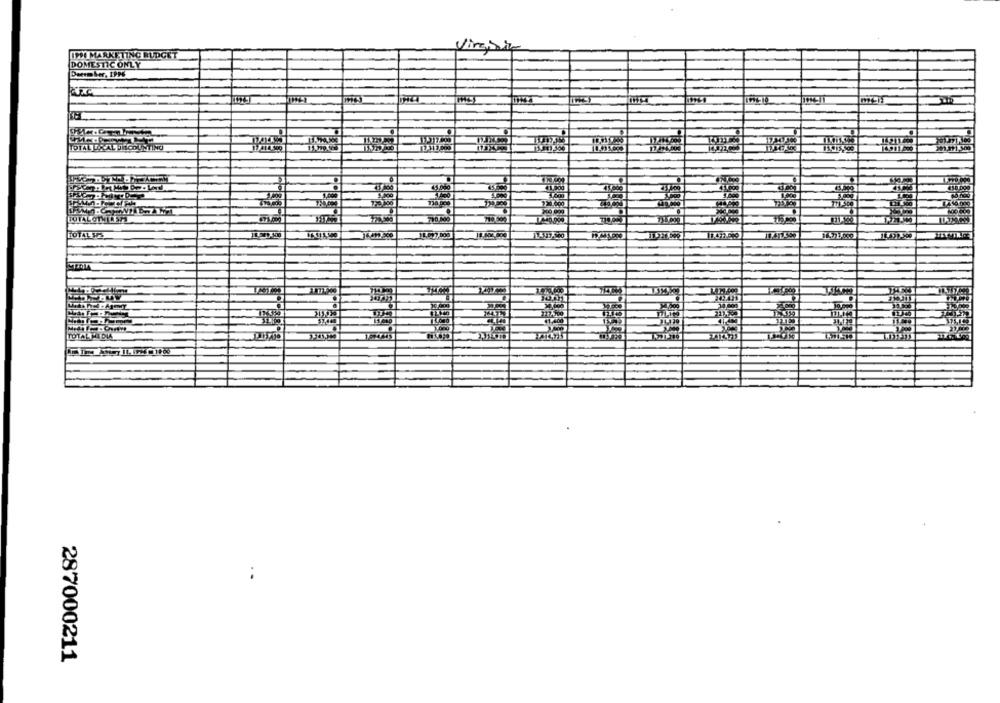
IPDI MARKETING BUDGET
Virginia
DOMESTIC ONLY
TOTAL DIR ALJACOUNTING
TOTALTI DIA
287000211